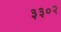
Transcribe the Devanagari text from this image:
३३०२